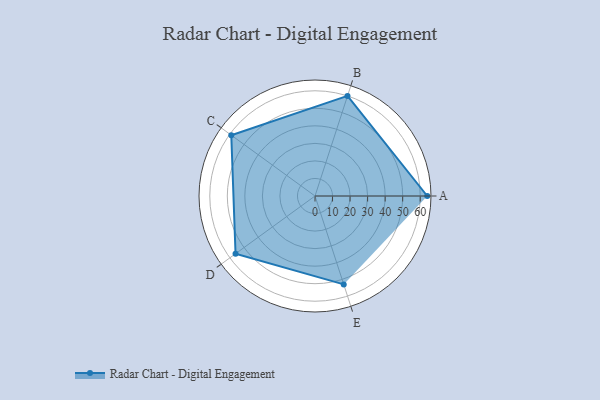
{"axis": {"x": "Skill", "y": "Score"}, "legend": ["Profile"], "data": [{"x": "A", "y": 64.0, "type": "Profile"}, {"x": "B", "y": 60.0, "type": "Profile"}, {"x": "C", "y": 59.0, "type": "Profile"}, {"x": "D", "y": 56.0, "type": "Profile"}, {"x": "E", "y": 53.0, "type": "Profile"}]}